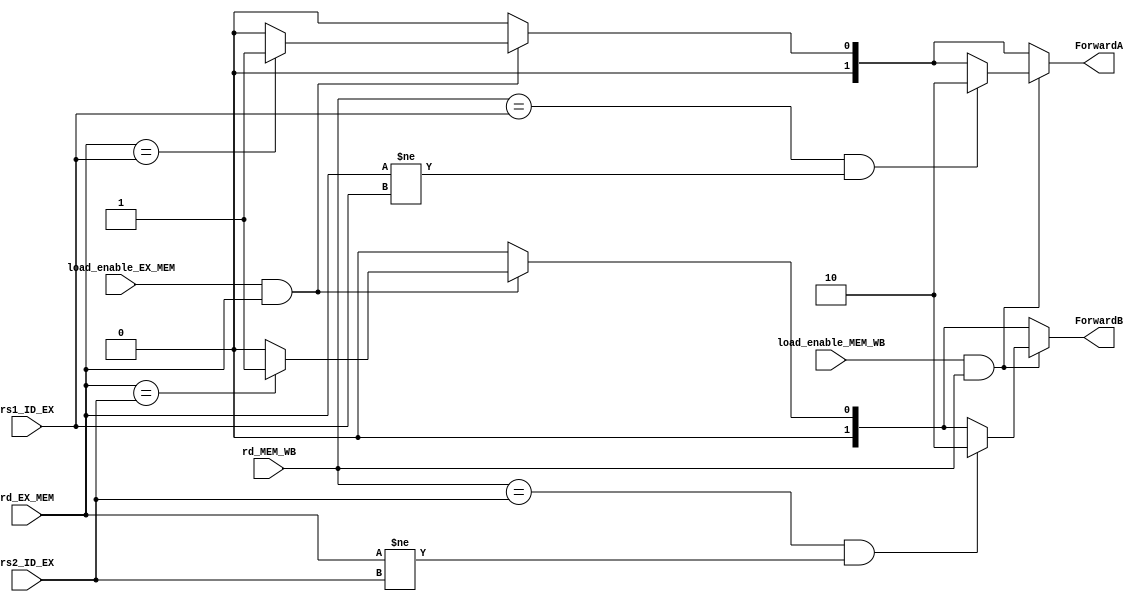
`timescale 1ns / 1ps
module Forward_unit(
        input load_enable_EX_MEM,
        input [4:0] rd_EX_MEM,
        input [4:0] rs1_ID_EX,
        input [4:0] rs2_ID_EX,
        input load_enable_MEM_WB,
        input [4:0] rd_MEM_WB,
        output reg [1:0] ForwardA,
        output reg [1:0] ForwardB
    );

    always @* begin
        ForwardA = 2'b00; // take from reg file
        ForwardB = 2'b00;
        if(load_enable_EX_MEM && rd_EX_MEM) begin
            if(rd_EX_MEM == rs1_ID_EX) begin
                ForwardA = 2'b01; // take from EX_MEM
            end
            if(rd_EX_MEM == rs2_ID_EX) begin
                ForwardB = 2'b01;
            end
        end
        if(load_enable_MEM_WB && rd_MEM_WB) begin
            if((rd_MEM_WB == rs1_ID_EX) && (rd_EX_MEM != rs1_ID_EX) ) begin
                ForwardA = 2'b10; // take from MEM_WB
            end
            if((rd_MEM_WB == rs2_ID_EX) && (rd_EX_MEM != rs2_ID_EX)) begin
                ForwardB = 2'b10;
            end
        end
    end
endmodule